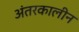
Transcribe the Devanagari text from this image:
अंतरकालीन